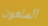
الملعون